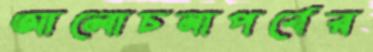
আলোচনাপর্বের